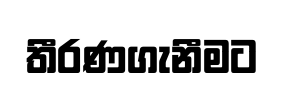
තීරණගැනීමට